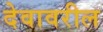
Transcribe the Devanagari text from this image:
देवावरील